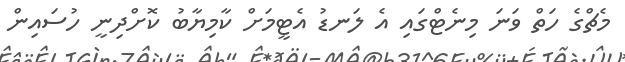
މެޗްގެ ހަތް ވަނަ މިނެޓްގައި އެ ލަނޑު އެޓީމަށް ކާމިޔާބު ކޮށްދިނީ ހުސައިން